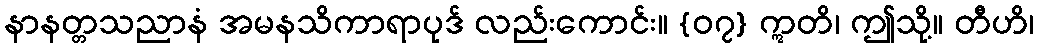
နာနတ္တသညာနံ အမနသိကာရာပုဒ် လည်းကောင်း။ {၀၇} ဣတိ၊ ဤသို့။ တီဟိ၊